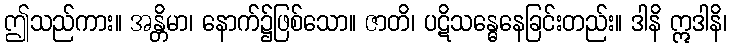
ဤသည်ကား။ အန္တိမာ၊ နောက်၌ဖြစ်သော။ ဇာတိ၊ ပဋိသန္ဓေနေခြင်းတည်း။ ဒါနိ ဣဒါနိ၊